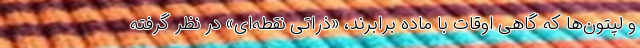
و لپتون‌ها که گاهی اوقات با ماده برابرند، «ذراتی نقطه‌ای» در نظر گرفته